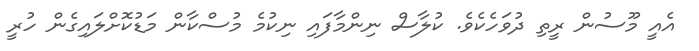
އެއީ މޫސުން ރީތި ދުވަހެކެވެ. ކުލާސް ނިންމާފައި ނިކުމެ މުސްކާން މަޑުކޮށްލައިގެން ހުރީ